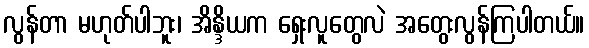
လွန်တာ မဟုတ်ပါဘူး၊ အိန္ဒိယက ရှေးလူတွေလဲ အတွေးလွန်ကြပါတယ်။